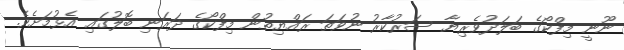
ނޫނީ މިފްކޯގެ ބަލަދުވެރިޔާ ސަރުކާރު ނުވަތަ ރައްޔިތުން މިފްކޯގެ ދަރަނި ބޮލުގައި އެޅުމަށެވެ.